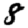
Digit: 8